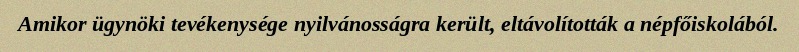
Amikor ügynöki tevékenysége nyilvánosságra került, eltávolították a népfőiskolából.